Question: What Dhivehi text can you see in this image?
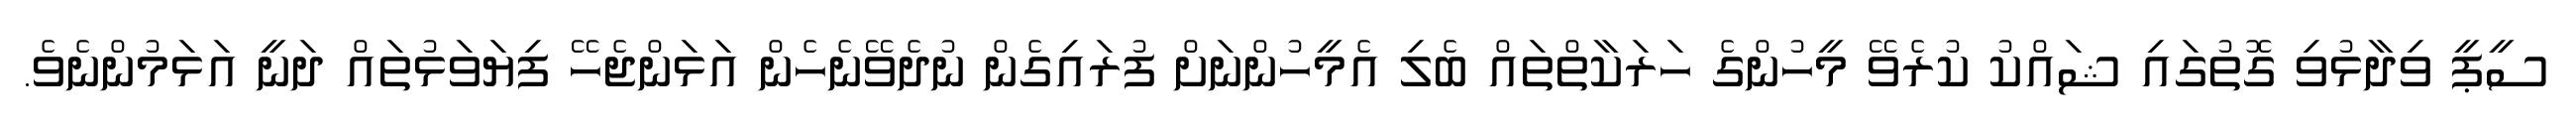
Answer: ސީޕީ ވިދާޅުވި ގޮތުގައި ޝައްކު ކުރެވޭ މީހުންގެ ހަރަކާތްތައް ބެލި އެމީހުންނަށް ފުރައިގެން ނުދެވޭނެހެން އަޅަންޖެހޭ ފިޔަވަޅުތައް ދަނީ އަޅަމުންނެވެ.